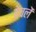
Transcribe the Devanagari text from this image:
ठेचलें